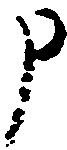
申